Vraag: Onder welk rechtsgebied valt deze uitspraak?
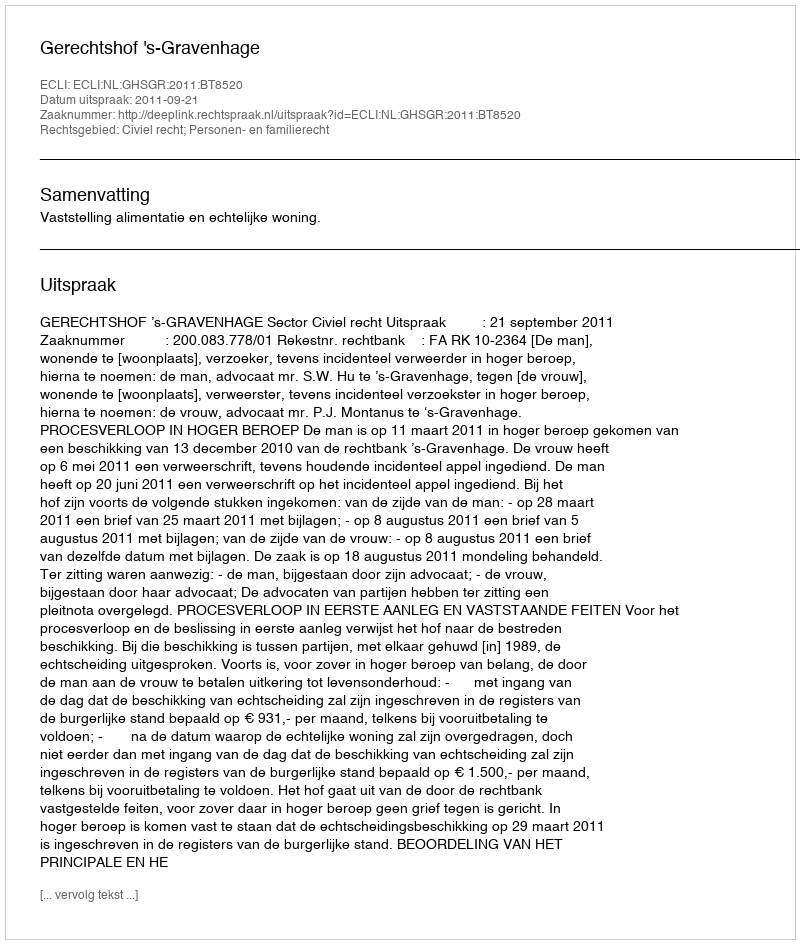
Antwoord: Civiel recht; Personen- en familierecht